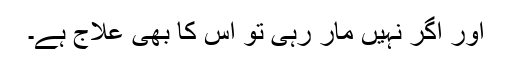
اور اگر نہیں مار رہی تو اس کا بھی علاج ہے۔